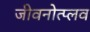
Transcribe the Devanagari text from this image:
जीवनोत्प्लव